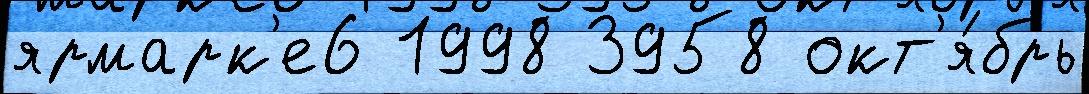
ярмарк'е6 1998 3958 окт'я́брь